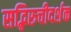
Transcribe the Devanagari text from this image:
सद्भिरुचीदर्शक